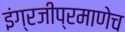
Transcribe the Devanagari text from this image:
इंग्रजीप्रमाणेच